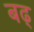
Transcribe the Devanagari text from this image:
बढ्